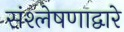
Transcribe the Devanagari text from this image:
संश्लेषणाद्वारे